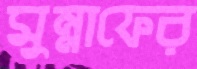
মুন্নাফের